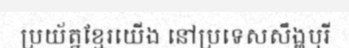
ប្រយ័ត្នខ្មែរយើង នៅប្រទេសសឹង្ហបុរី